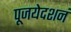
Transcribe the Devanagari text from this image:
पूजयेदशनं